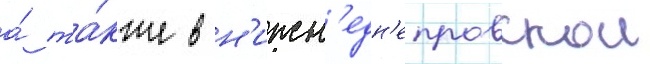
а́ та́кже в н'ижн'едн'епровскои